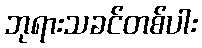
ဘုရားသခင်တစ်ပါး